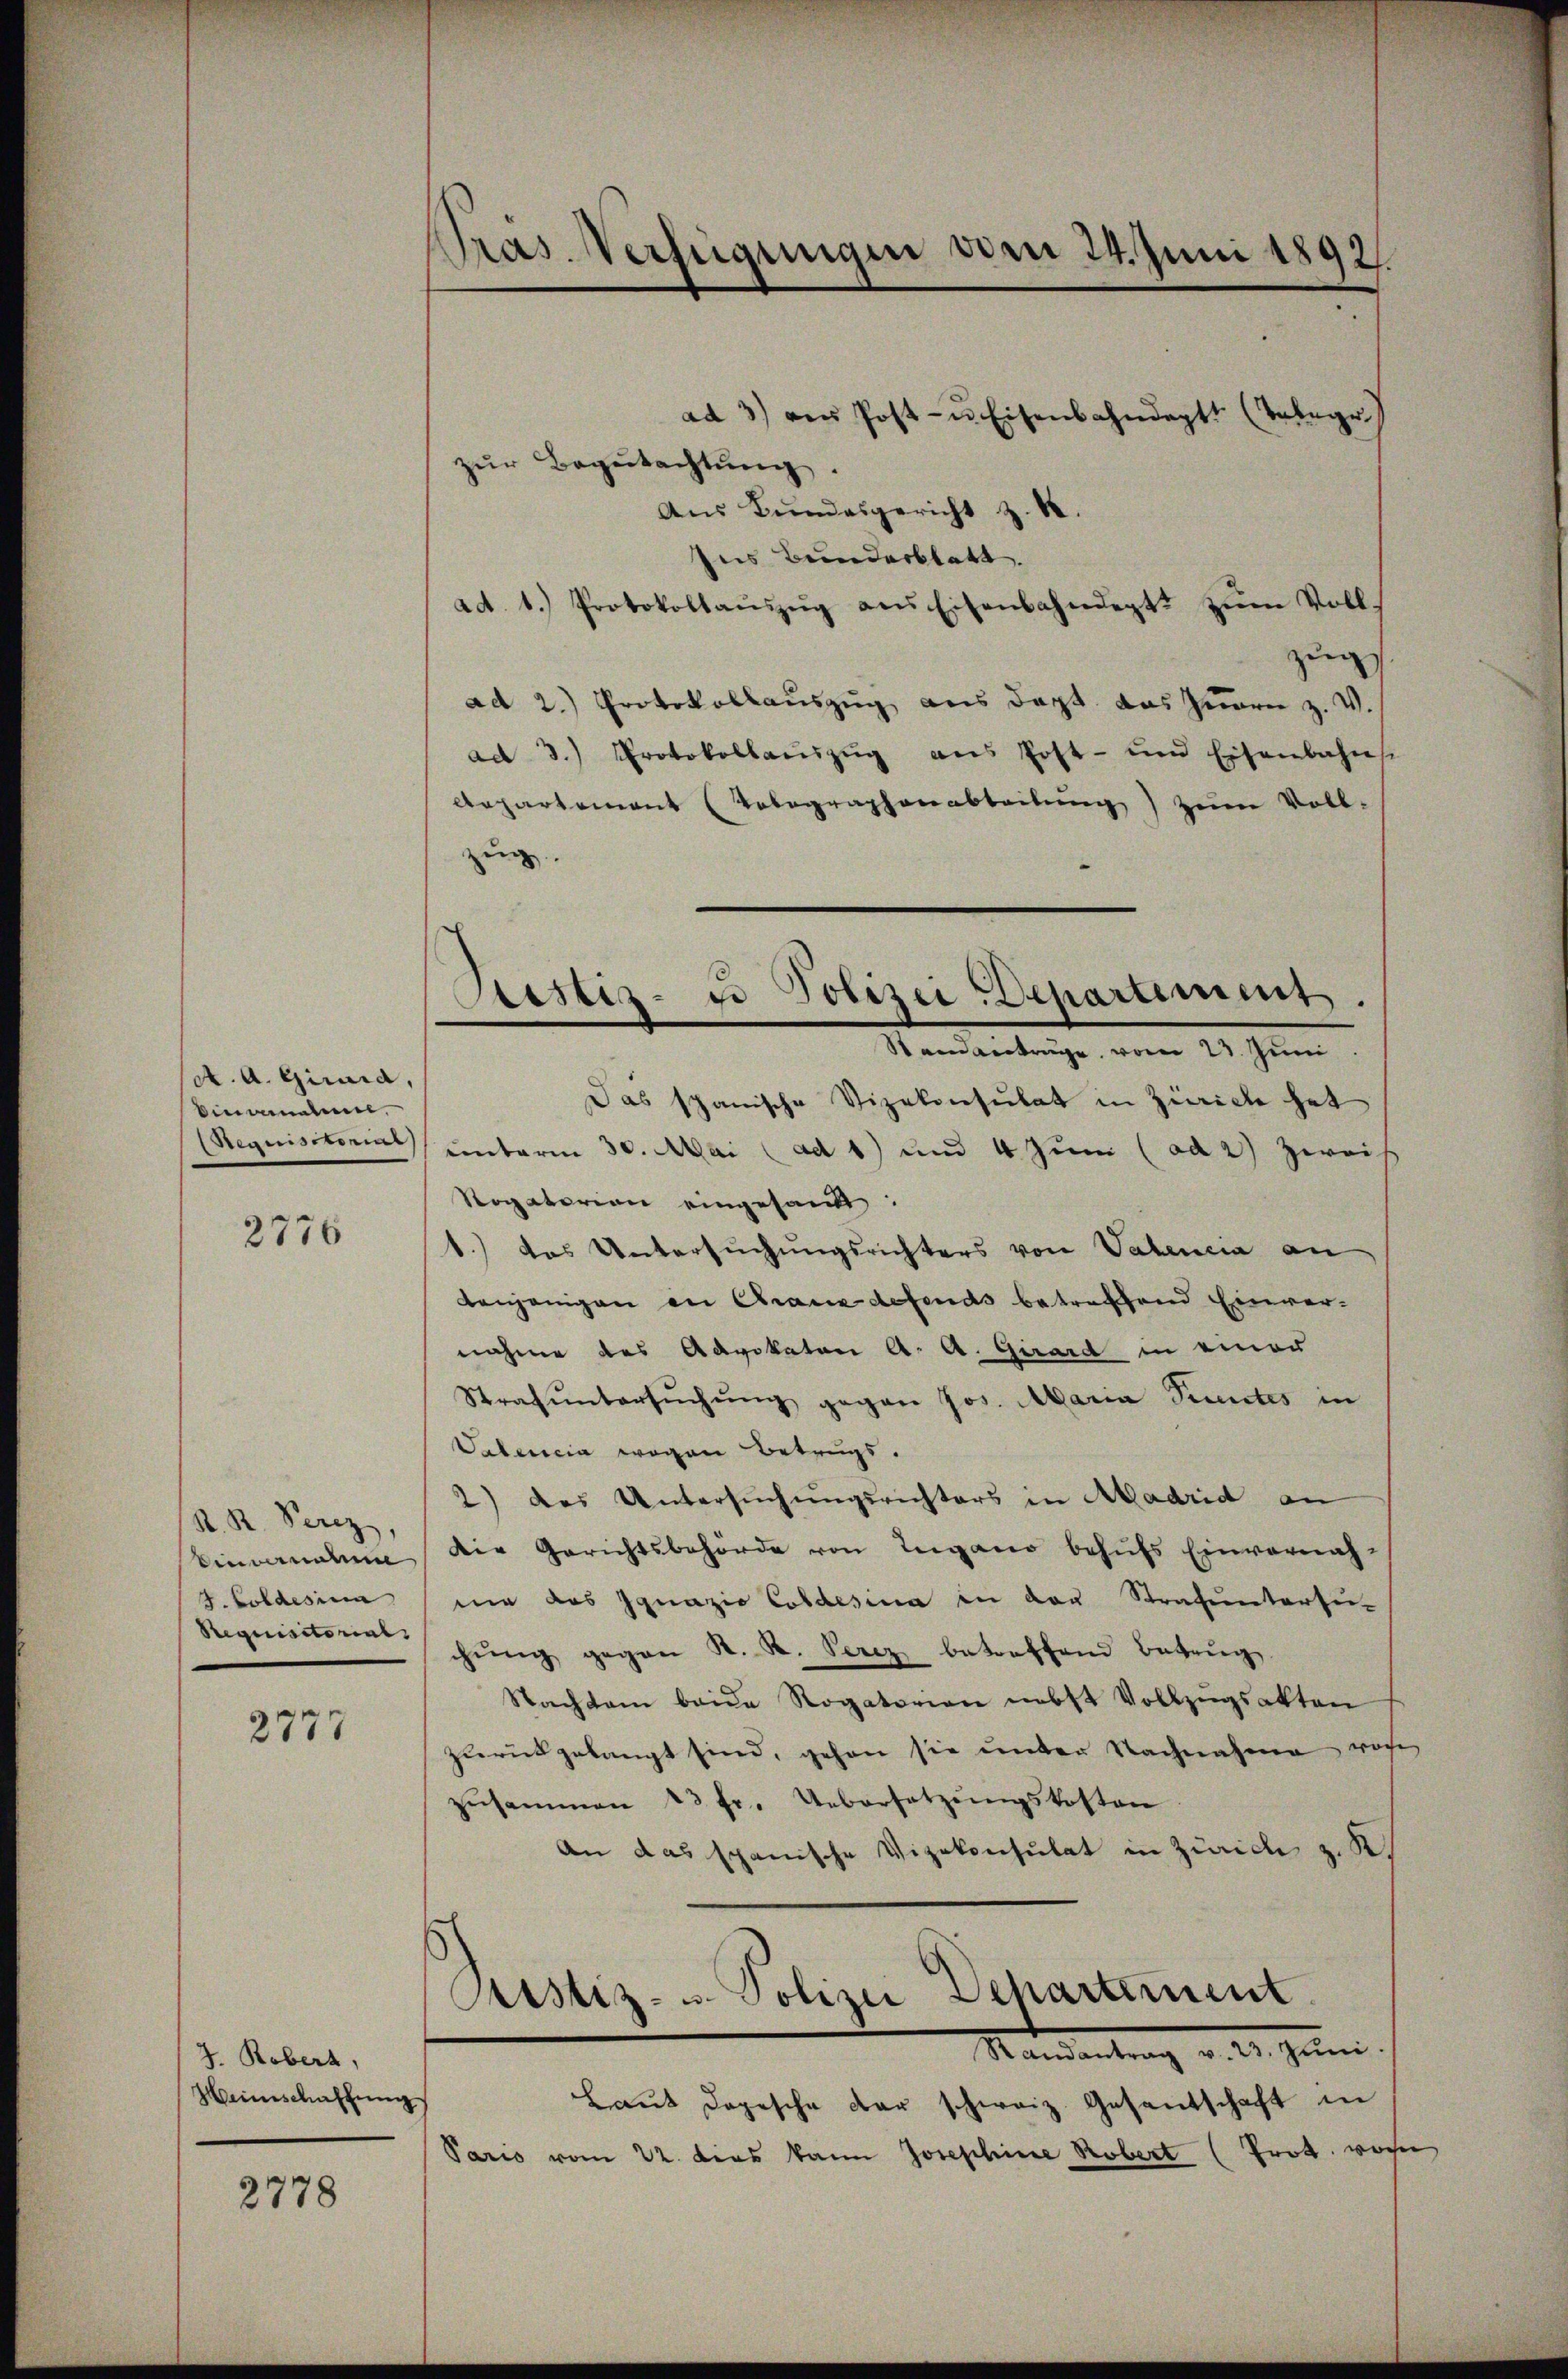
(A. A. Girard,
Einvenanne,
(Requisitorial

2776

R. R. Perez
Vincernat
J. Goldesima
Requisitorials

2777

2. Robers,
Heimschaffung

2778

Pras. Verfügungen vom 24. Juni 1892.

ad 3) am Post- u Eisenbahndept. (Telege
zŭr Begŭtachtŭng.
Aus Bundesgericht z. B
Ins Bunderstatt.
ad. 1.) Protokollaŭszŭg des Eisenbahndept. zŭm Voll-
zung
ad 2.) Protokollauszug aus dept das Inern z. V.
ad 3.) Protokollaŭszŭg ans Post- und Eisenbahnst
Aepartement (Telegraphenabteilung) zum Voll-
zug
Standanträge vom 23. Juni
Das spanische Vizekonsulat in Zürich hat
unterm 30. Mai (ad 1) und 4 zum (ad 2) Zwei
Rogatorion eingesandt.
1.) das Untersuchungsrichters von Vabencia an
denjenigen in Chaux defends betreffend Einver-
nahme des Advokaton A. A. Girard in einer
Strafŭntersŭchŭng gegen Jos. Maria Punctes in
Valencia wegen Betrugs.
2) das Untersuchungsrichters in Aadrid an
Die Gerichtsbehörde von Ingano behŭfs Einvernah-
nie das Ignazio Coldesia in der Strafuntersu-
chŭng gegen K. K. Verez betreffend Betrug
Nachten beide Rogatorien nebst Vollzŭgsakten
zŭrückgelangt sind, gehen sie ŭnter Nachnahme roche
zŭsammen 13 fr. Uebersetzŭngskosten
An das spanische Vizekonsulat in Zürich z. K
Postiz- u. Polizei Departement.
Mandantrag v. 2. Juni.
Laut dopesche der schweiz. Gesantschaft in
Paris vom 22. dies kann Josephine Robert (Prot. von

Justiz- u Polizei-Departement.